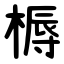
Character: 槈